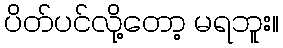
ပိတ်ပင်လို့တော့ မရဘူး။